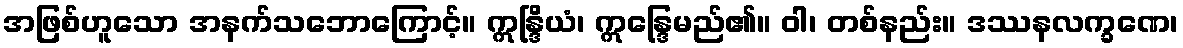
အဖြစ်ဟူသော အနက်သဘောကြောင့်။ ဣန္ဒြိယံ၊ ဣန္ဒြေမည်၏။ ဝါ၊ တစ်နည်း။ ဒဿနလက္ခဏေ၊